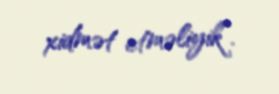
xidmət etməliyik”.